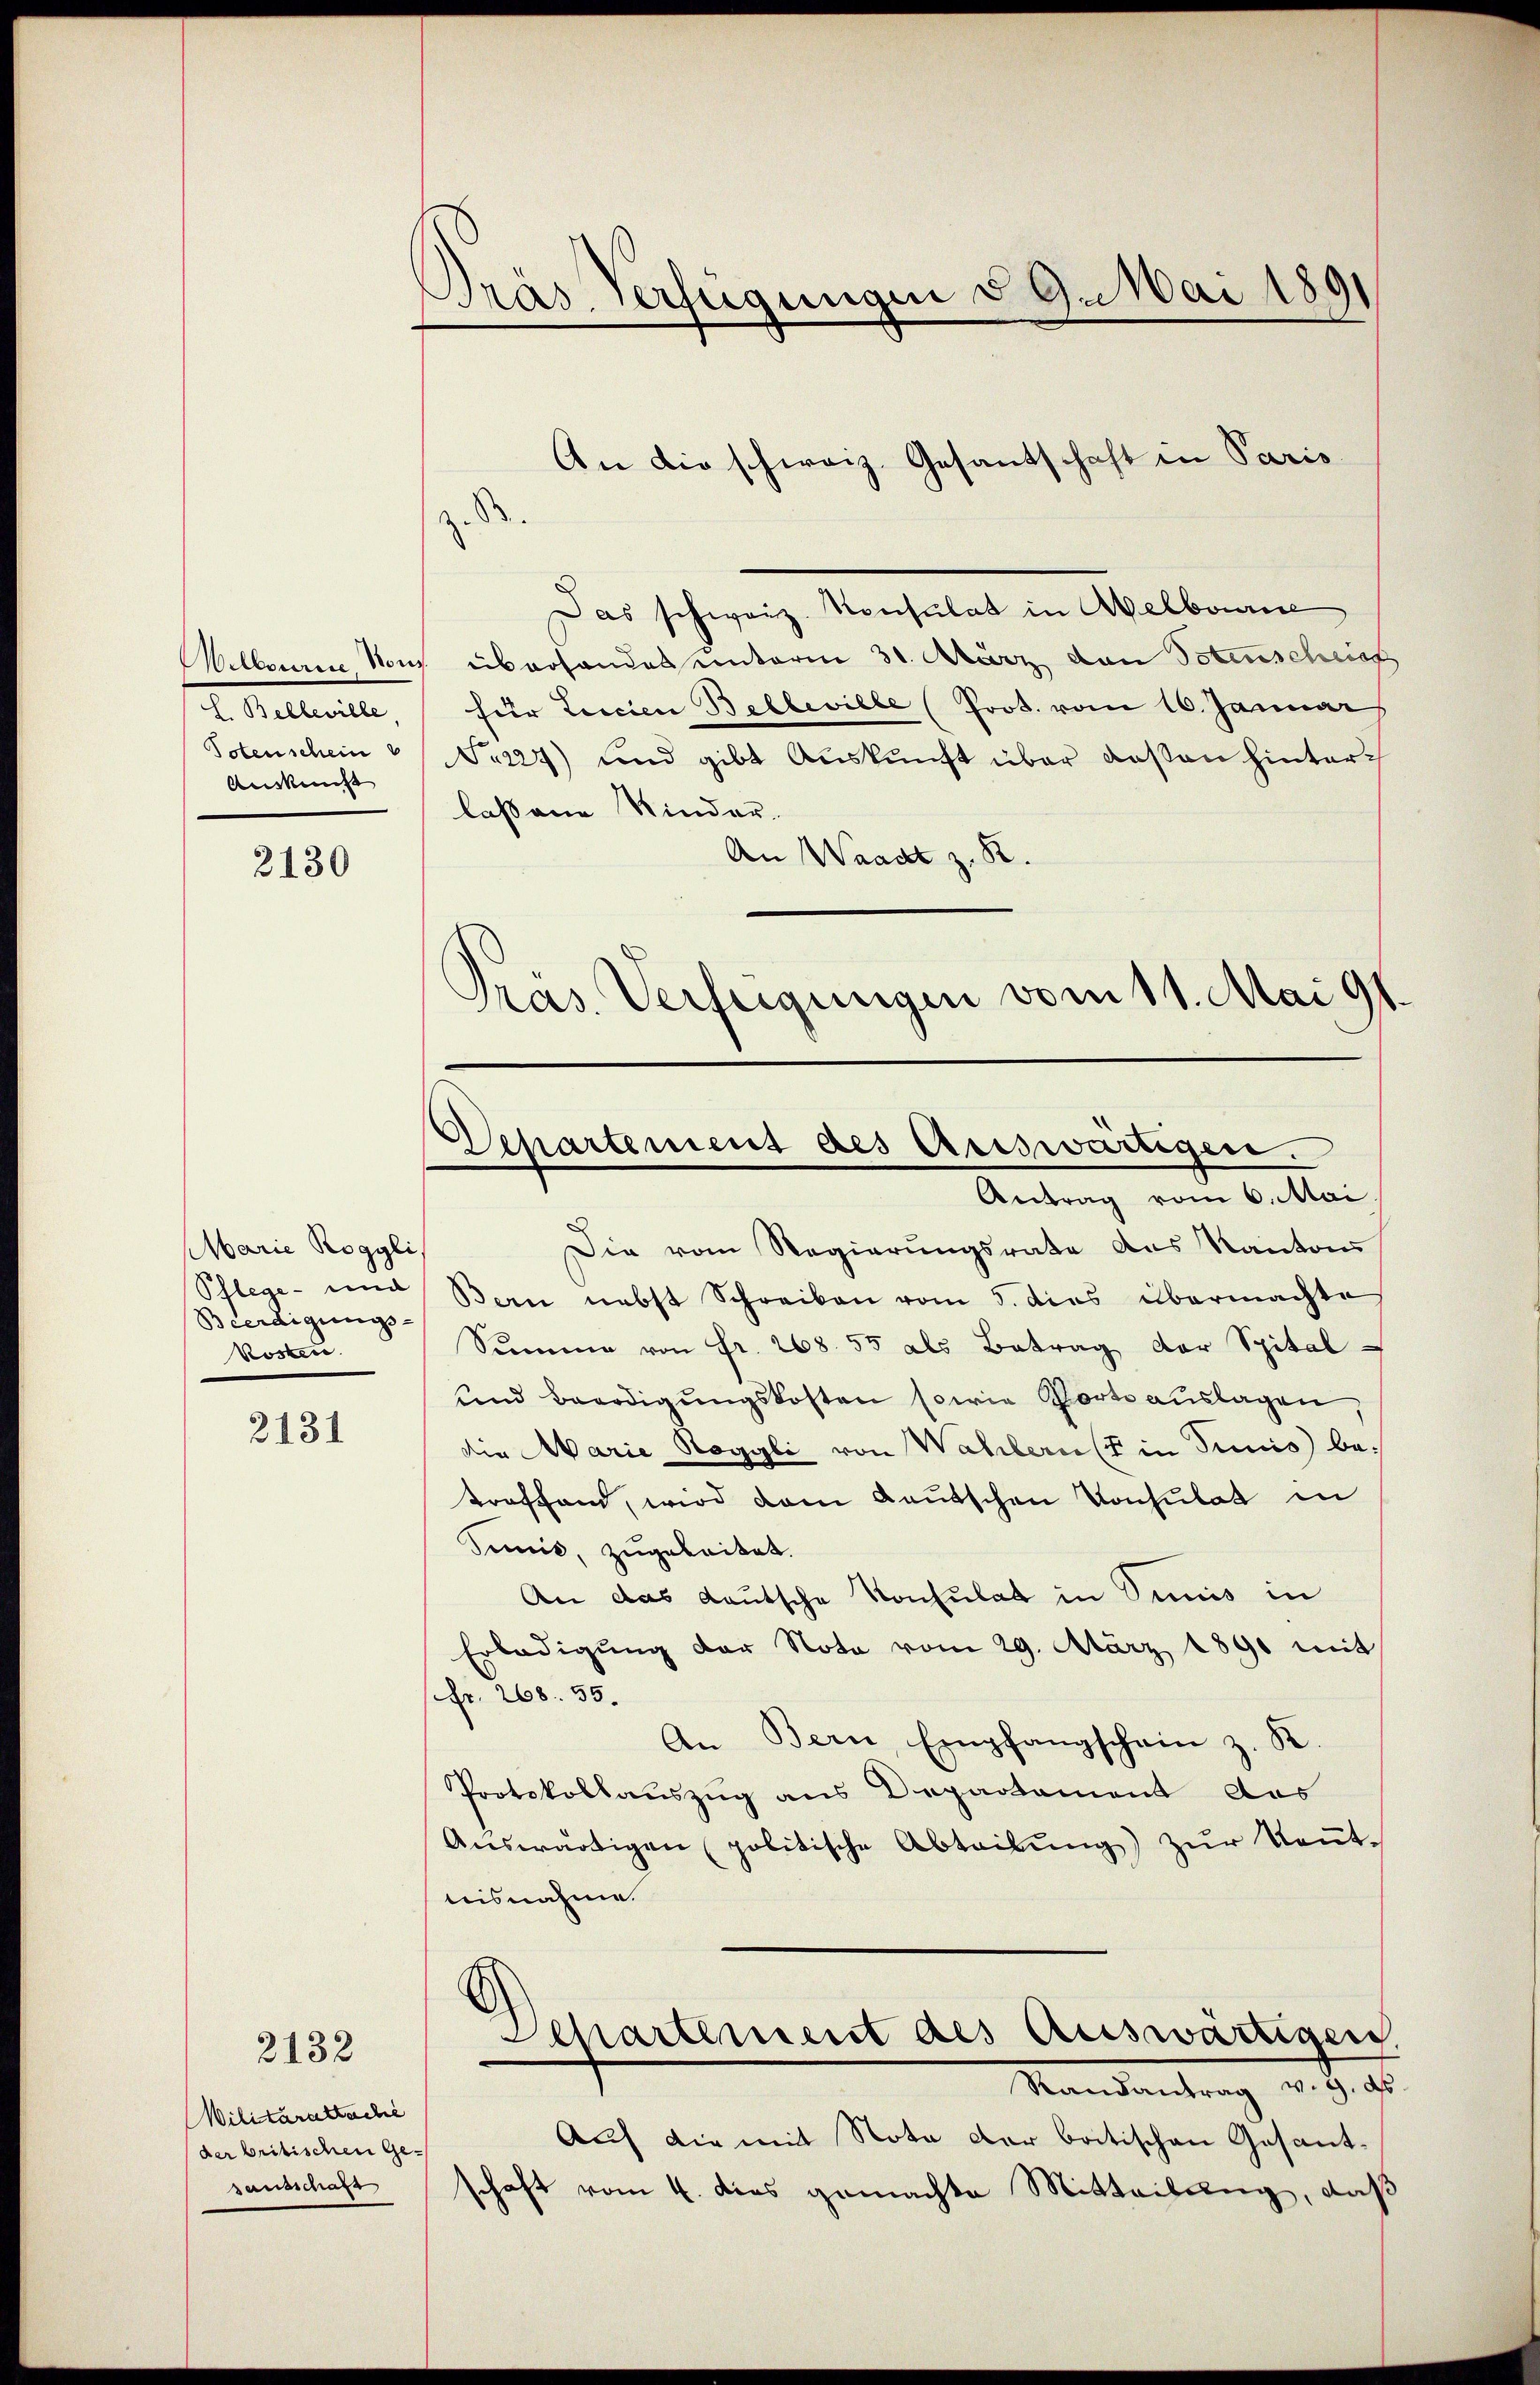
2. Mitteilte
Totenschein b
Auskunft

2130

Marie Roggli,
Pflege - und
Beerdigungs-
Kosten.

2131

Wilitärattache
der britischen Ge-
sausschaft

2132

Pras Verfügungen § 9. Mai 1891

An die schweiz. Gesantschaft in Paris
Das schweiz. Konsulat in Melbourne
Melbouren Non überhandes unterm 31. März den Totenschrif
für Leicien Belleville (Prot. vom 16. Januar
Fr227) und gibt Auskunft über deßen hinterlaßene Kinder-
An Waadt z. B.
Pras. Verfeigungen vom 11. Mai 91.

Die vom Regierungsrate des Kantons
Bern nebst Schreiben vom 5. dies übermachte
Sŭmme von Fr. 268. 55 als Betrag der Spital
und Beerdigŭngskosten sowie Porte aŭslagen,
die Marie Roggli von Wahlern (in Sunis) betroffend, wird dem Kautschen Konsulat in
Simit, zugebeitet.
An das deutsche Konsulat in Siniis in
Erledigung der Nota vom 29. März 1890 mit
Fr. 268. 55.
An Bern, Empfangschein z. K.
Protokollauszug aus Departament das
Aŭswärtigen (politische Abteilŭng zŭr Keṅt-
nisnahme.
Departement des Auswärtigen
Standentrag v. 9. d.
Auf die mit Nota der batischen Gesantschaft vom 4. dies gemachte Mitteilung, daß

Departemens des Auswärtigen.
Antrag vom 6. Mai